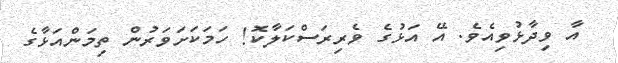
އާ ވިދާޅުވިއެވެ. އޭ އަޅުގެ ވެރިރަސްކަލާކޮ! ހަމަކަށަވަރުން ތިމަންއަޅާގެ